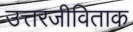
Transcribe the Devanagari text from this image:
उत्तरजीविताक